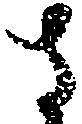
さ